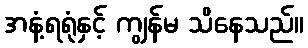
အနံ့ရရုံနှင့် ကျွန်မ သိနေသည်။